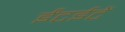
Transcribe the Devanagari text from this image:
ईंटईटें